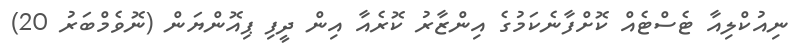
ނިއުކްލިއާ ޓެސްޓެއް ކޮށްފާނެކަމުގެ އިންޒާރު ކޮރެއާ އިން ދީފި ޕިއޮންޔަން (ނޮވެމްބަރު 20)